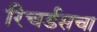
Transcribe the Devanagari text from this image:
रिचर्डसचा